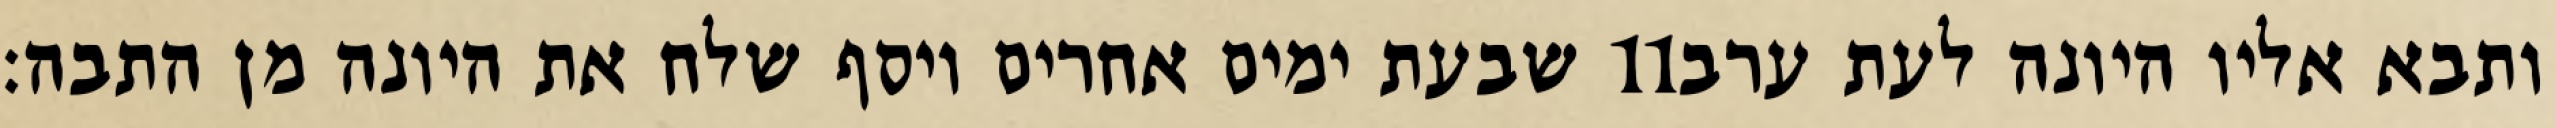
שבעת ימים אחרים ויסף שלח את היונה מן התבה׃ ‎11‏ ותבא אליו היונה לעת ערב